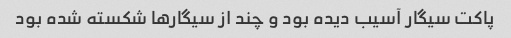
پاکت سیگار آسیب دیده بود و چند از سیگار‌ها شکسته شده بود